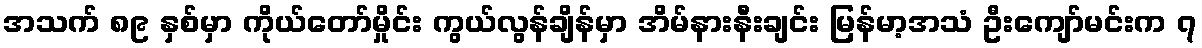
အသက် ၈၉ နှစ်မှာ ကိုယ်တော်မှိုင်း ကွယ်လွန်ချိန်မှာ အိမ်နားနီးချင်း မြန်မာ့အသံ ဦးကျော်မင်းက ၇